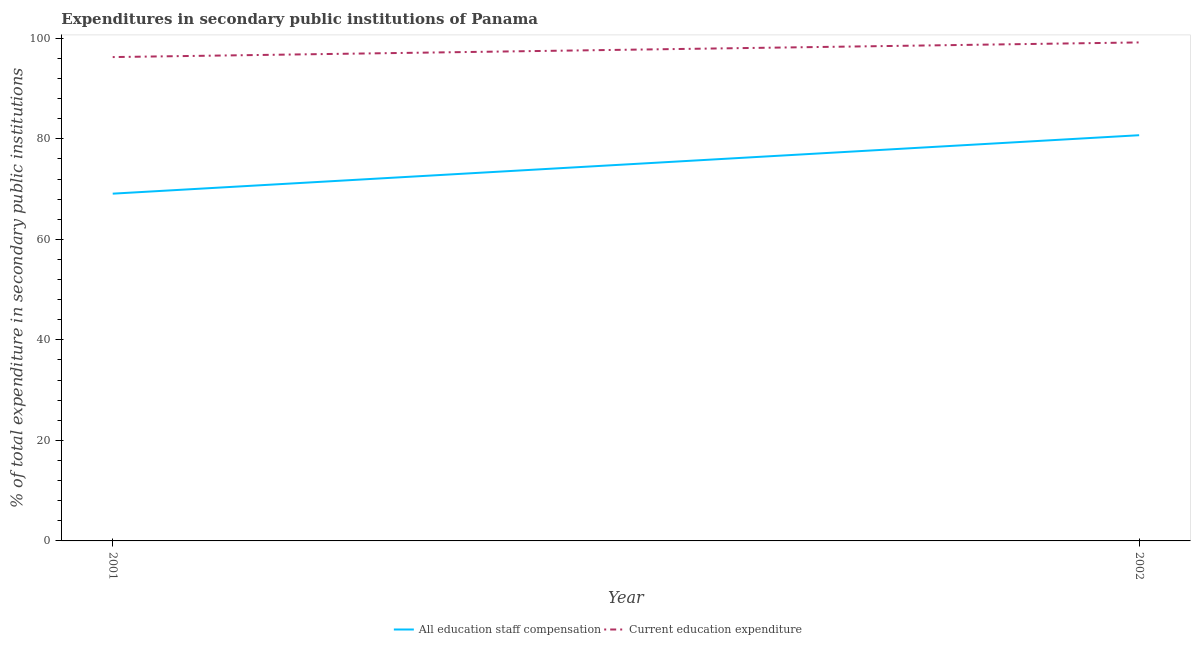
| Year | All education staff compensation | Current education expenditure |
 | --- | --- | --- |
 | 2001 | 69.1 | 96.3 |
 | 2002 | 80.7 | 99.2 |